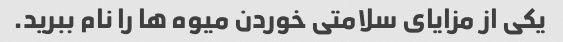
یکی از مزایای سلامتی خوردن میوه ها را نام ببرید.